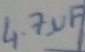
Text: 4.7µF